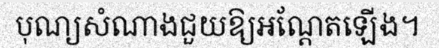
បុណ្យសំណាងជួយឱ្យអណ្តែតឡើង។